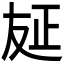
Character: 𠭅